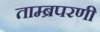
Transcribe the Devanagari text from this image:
ताम्ब्रपरणी